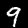
Digit: 9